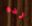
رده